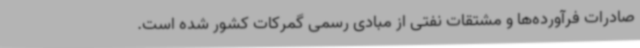
صادرات فرآورده‌ها و مشتقات نفتی از مبادی رسمی گمرکات کشور شده است.